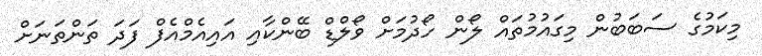
މިކަމުގެ ސަބަބުން މިގައުމުތައް ލޯން ހޯދުމަށް ވޯލްޑް ބޭންކާއި އައިއެމްއެފް ފަދަ ތަންތަނަށް